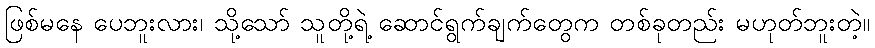
ဖြစ်မနေ ပေဘူးလား၊ သို့သော် သူတို့ရဲ့ ဆောင်ရွက်ချက်တွေက တစ်ခုတည်း မဟုတ်ဘူးတဲ့။